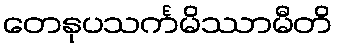
တေနုပသင်္ကမိဿာမီတိ